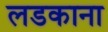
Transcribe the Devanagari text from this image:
लडकाना